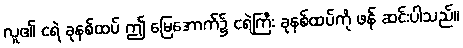
လူ၏ ငရဲ ခုနစ်ထပ် ဤ မြေအောက်၌ ငရဲကြီး ခုနစ်ထပ်ကို ဖန် ဆင်းပါသည်။